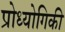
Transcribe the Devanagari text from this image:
प्रोध्योगिकी